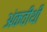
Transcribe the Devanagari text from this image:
अंकवीथी